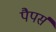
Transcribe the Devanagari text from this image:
पैपर्स